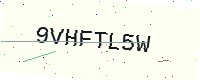
Text: 9VHFTL5W